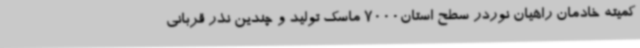
کمیته خادمان راهیان نوردر سطح استان7000 ماسک تولید و چندین نذر قربانی